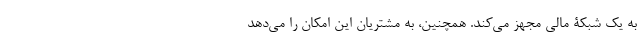
به یک شبکۀ مالی مجهز می‌کند. همچنین، به مشتریان این امکان را می‌دهد